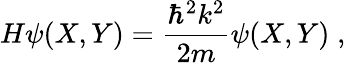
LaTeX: H\psi(X,Y)=\frac{\hbar^{2}k^{2}}{2m}\psi(X,Y)\; ,